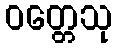
ဝတ္တေသု